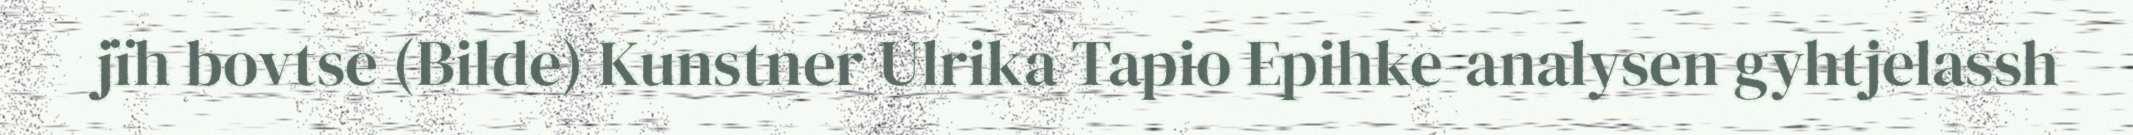
jïh bovtse (Bilde) Kunstner Ulrika Tapio Epihke-analysen gyhtjelassh